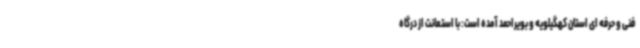
فنی و حرفه ای استان کهگیلویه و بویراحمد آمده است: با استعانت از درگاه